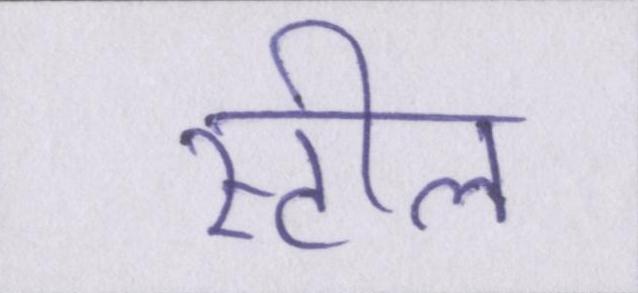
स्टील